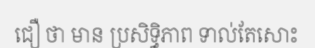
ជឿ ថា មាន ប្រសិទ្ធិភាព ទាល់តែសោះ